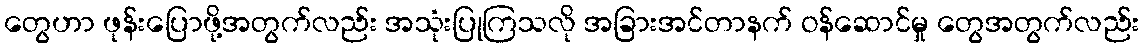
တွေဟာ ဖုန်းပြောဖို့အတွက်လည်း အသုံးပြုကြသလို အခြားအင်တာနက် ဝန်ဆောင်မှု တွေအတွက်လည်း